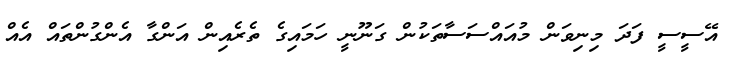
އޭސީސީ ފަދަ މިނިވަން މުއައްސަސާތަކުން ގަނޫނީ ހަމައިގެ ތެރެއިން އަންގާ އެންގުންތައް އެއް